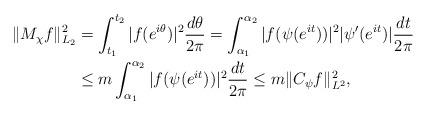
LaTeX: \begin{align*}\| M_{\chi} f \|_{L_2}^{2} &= \int_{t_1}^{t_2} |f(e^{i\theta})|^2 \frac{d\theta}{2\pi}= \int_{\alpha_1}^{\alpha_2} |f(\psi(e^{it}))|^2 |\psi'(e^{it})| \frac{dt}{2\pi} \\&\leq m \int_{\alpha_1}^{\alpha_2} |f(\psi(e^{it}))|^2 \frac{dt}{2\pi} \leq m \| C_\psi f \|^2_{L^2},\end{align*}